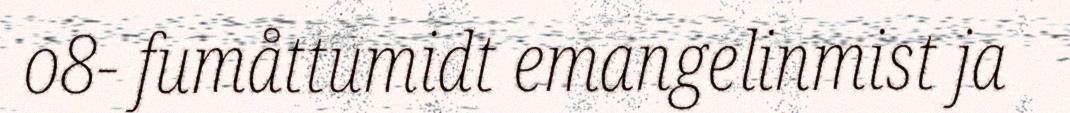
o8- fumåttumidt emangelinmist ja